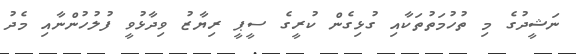
ނަޝީދުގެ މި ތުހުމަތުތަކާއި ގުޅިގެން ކުރީގެ ސީޕީ ރިޔާޒު ވިދާޅުވީ ފުލުހުންނާއި މެދު